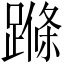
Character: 𨃜